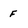
Character: f